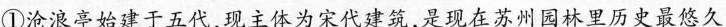
①沧浪亭始建于五代,现主体为宋代建筑,是现在苏州园林里历史最悠久